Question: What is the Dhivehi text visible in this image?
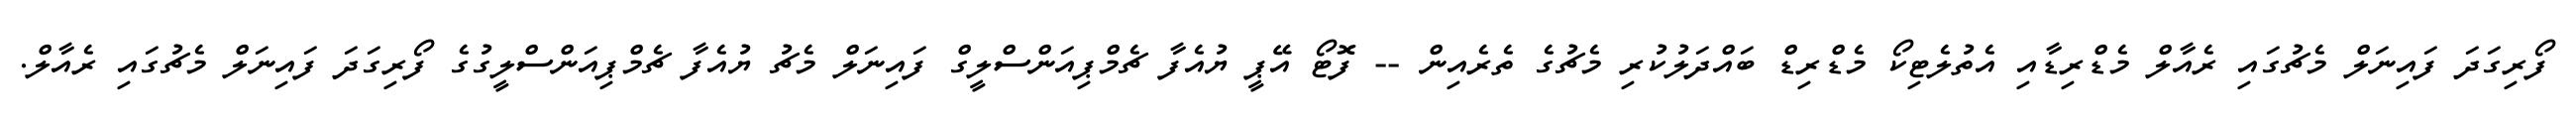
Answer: ފޯރިގަދަ ފައިނަލް މެޗުގައި ރެއާލް މެޑްރިޑާއި އެތުލެޓިކޯ މެޑްރިޑް ބައްދަލުކުރި މެޗުގެ ތެރެއިން -- ފޮޓޯ އޭޕީ ޔުއެފާ ޗެމްޕިއަންސްލީގް ފައިނަލް މެޗު ޔުއެފާ ޗެމްޕިއަންސްލީގުގެ ފޯރިގަދަ ފައިނަލް މެޗުގައި ރެއާލް.